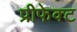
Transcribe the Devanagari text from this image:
प्रीफेक्ट